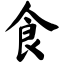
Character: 食